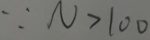
\because N > 1 0 0